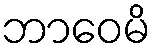
ဘာဝေမိ